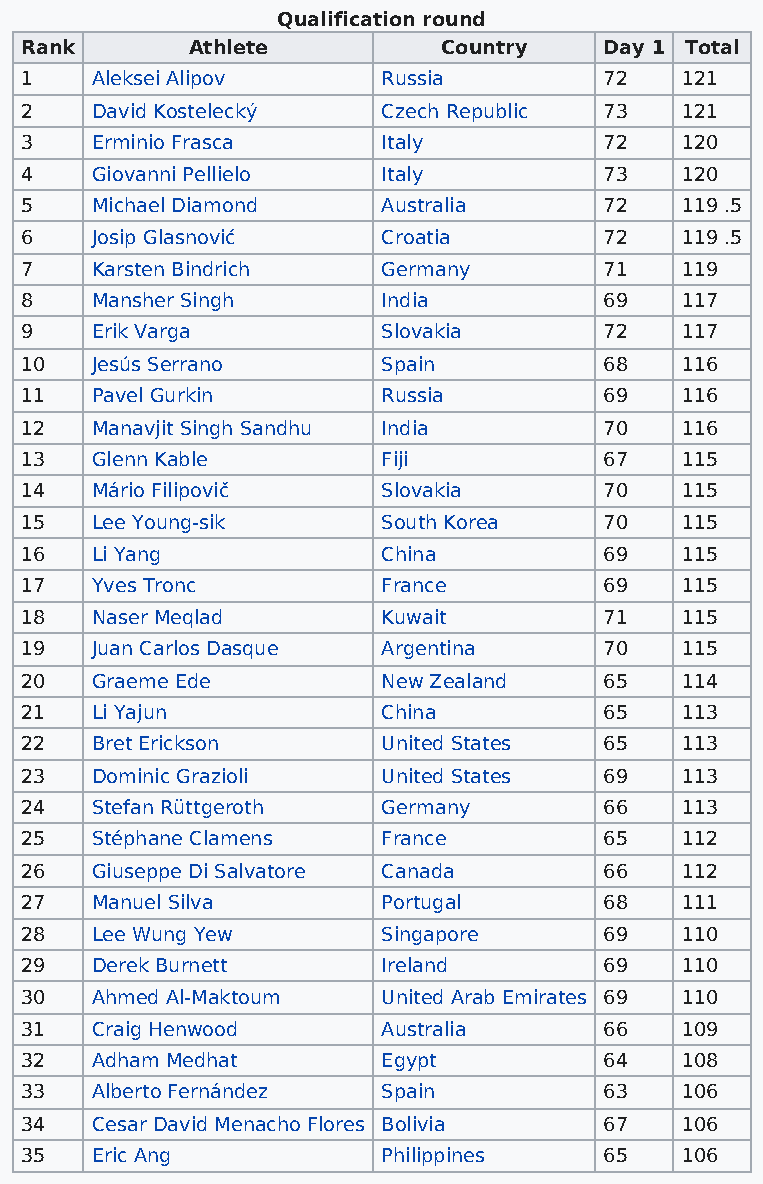
Qualification round
 Rank       Athlete          Country    Day 1 Total
 1    Aleksei Alipov     Russia         72   121
 2    David Kostelecký   Czech Republic 73   121
 3    Erminio Frasca     Italy          72   120
 4    Giovanni Pellielo  Italy          73   120
 5    Michael Diamond    Australia      72   119 .5
 6    Josip Glasnović    Croatia        72   119 .5
 7    Karsten Bindrich   Germany        71   119
 8    Mansher Singh      India          69   117
 9    Erik Varga         Slovakia       72   117
 10   Jesús Serrano      Spain          68   116
 11   Pavel Gurkin       Russia         69   116
 12   Manavjit Singh Sandhu India       70   116
 13   Glenn Kable        Fiji           67   115
 14   Mário Filipovič    Slovakia       70   115
 15   Lee Young-sik      South Korea    70   115
 16   Li Yang            China          69   115
 17   Yves Tronc         France         69   115
 18   Naser Meqlad       Kuwait         71   115
 19   Juan Carlos Dasque Argentina      70   115
 20   Graeme Ede         New Zealand    65   114
 21   Li Yajun           China          65   113
 22   Bret Erickson      United States  65   113
 23   Dominic Grazioli   United States  69   113
 24   Stefan Rüttgeroth  Germany        66   113
 25   Stéphane Clamens   France         65   112
 26   Giuseppe Di Salvatore Canada      66   112
 27   Manuel Silva       Portugal       68   111
 28   Lee Wung Yew       Singapore      69   110
 29   Derek Burnett      Ireland        69   110
 30   Ahmed Al-Maktoum   United Arab Emirates 69 110
 31   Craig Henwood      Australia      66   109
 32   Adham Medhat       Egypt          64   108
 33   Alberto Fernández  Spain          63   106
 34   Cesar David Menacho Flores Bolivia 67  106
 35   Eric Ang           Philippines    65   106